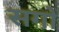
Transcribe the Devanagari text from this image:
सगों